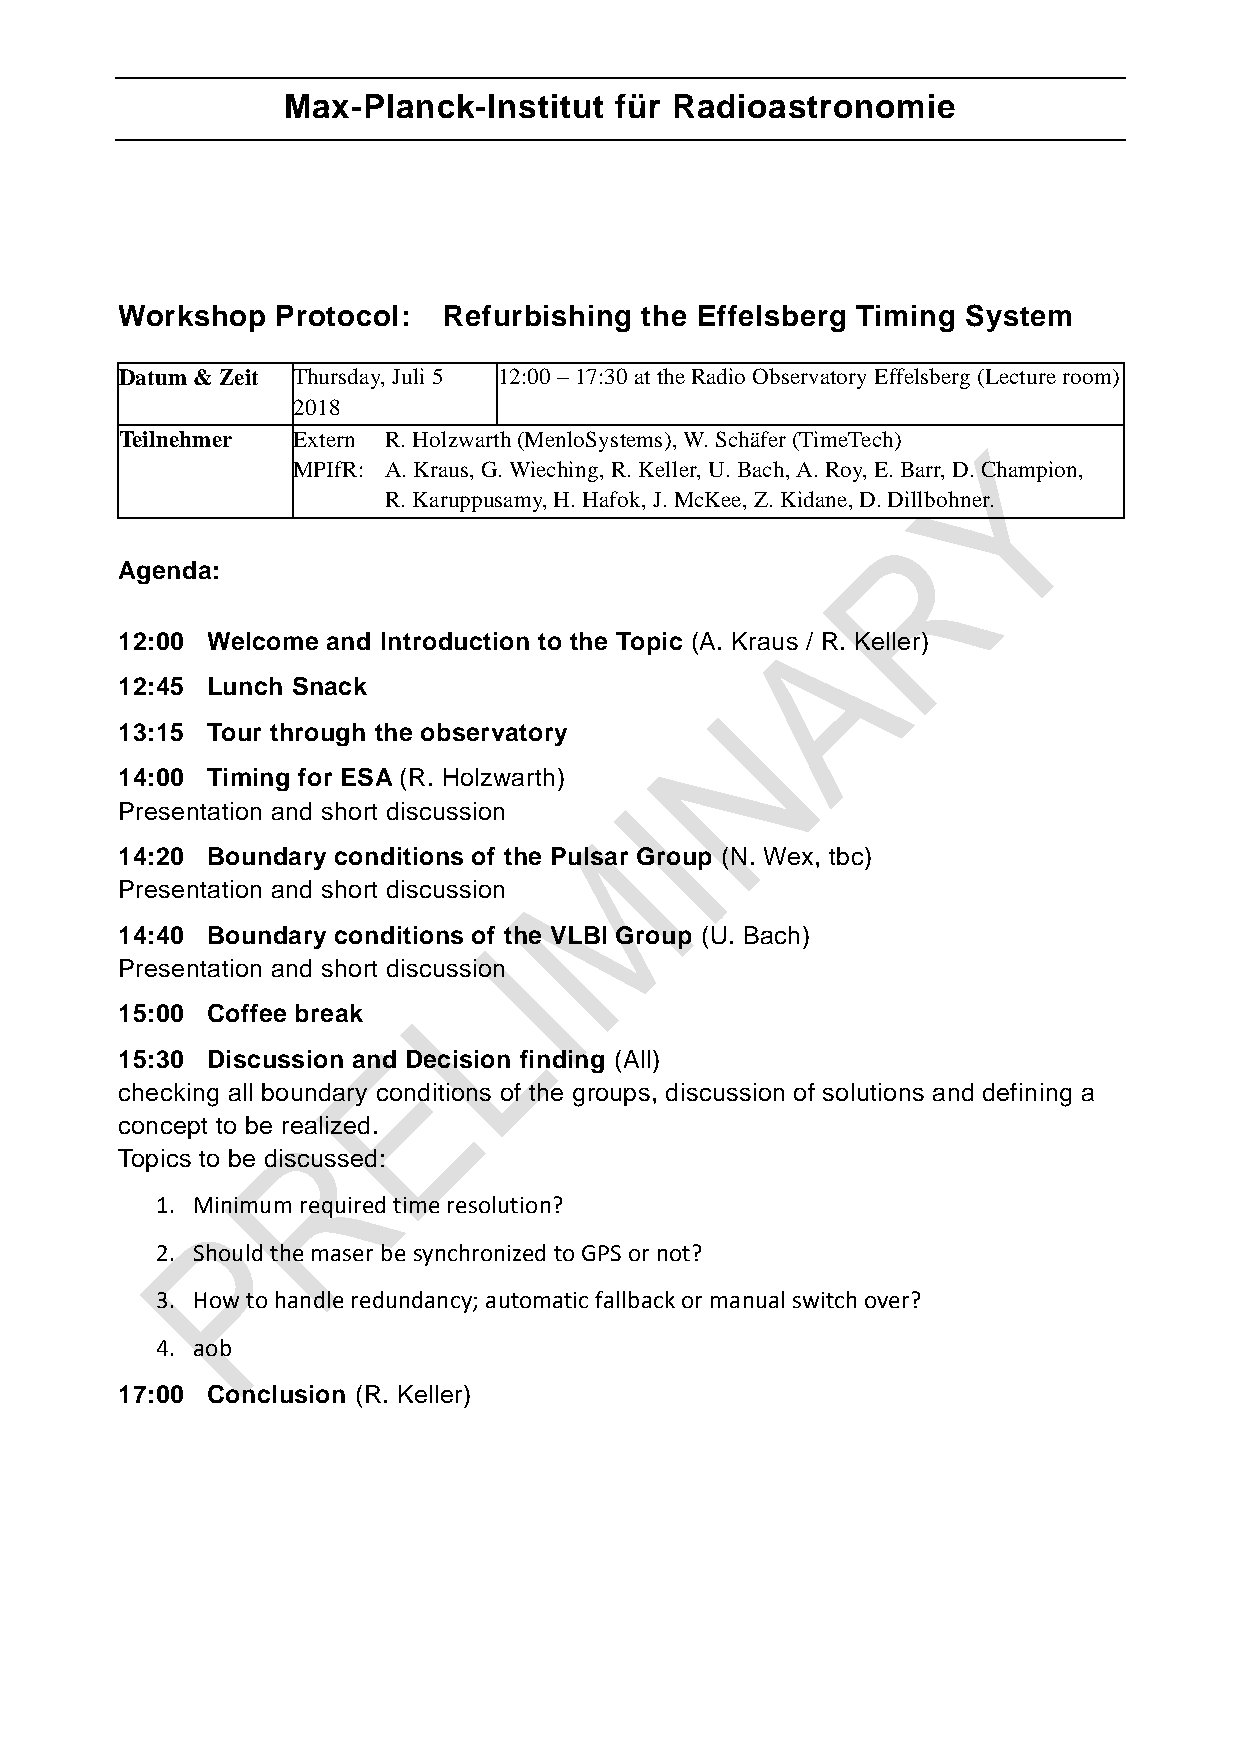
Max-Planck-Institut   für Radioastronomie
 Workshop  Protocol:  Refurbishing the Effelsberg Timing System
 Datum & Zeit Thursday, Juli 5 12:00 – 17:30 at the Radio Observatory Effelsberg (Lecture room)
 2018
 Teilnehmer Extern R. Holzwarth (MenloSystems), W. Schäfer (TimeTech)
 MPIfR: A. Kraus, G. Wieching, R. Keller, U. Bach, A. Roy, E. Barr, D. Champion,
 R. Karuppusamy, H. Hafok, J. McKee, Z. Kidane, D. Dillbohner.
 Agenda:
 12:00 Welcome and Introduction to the Topic (A. Kraus / R. Keller)
 12:45 Lunch Snack
 13:15 Tour through the observatory
 14:00 Timing for ESA (R. Holzwarth)
 Presentation and short discussion
 14:20 Boundary conditions of the Pulsar Group (N. Wex, tbc)
 Presentation and short discussion
 14:40 Boundary conditions of the VLBI Group (U. Bach)
 Presentation and short discussion
 15:00 Coffee break
 15:30 Discussion and Decision finding (All)
 checking all boundary conditions of the groups, discussion of solutions and defining a
 concept to be realized.
 Topics to be discussed:
 1. Minimum required time resolution?
 2. Should the maser be synchronized to GPS or not?
 3. How to handle redundancy; automatic fallback or manual switch over?
 4. aob
 17:00 Conclusion (R. Keller)